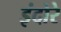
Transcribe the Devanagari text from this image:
इंदोरे